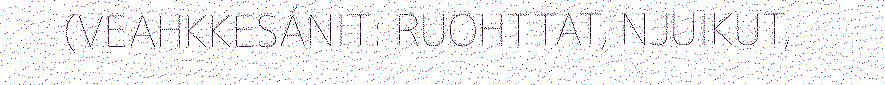
(VEAHKKESÁNIT: RUOHTTAT, NJUIKUT,